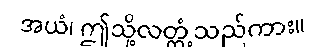
အယံ၊ ဤသို့လတ္တံ့သည်ကား။